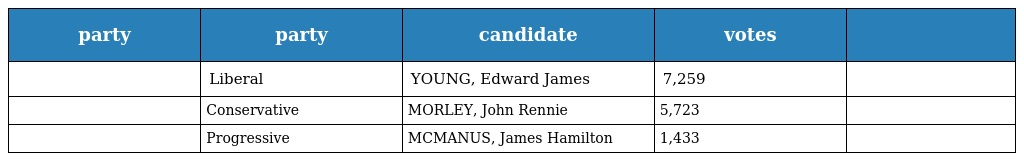
| party | party | candidate | votes |  |
 | --- | --- | --- | --- | --- |
 |  | Liberal | YOUNG, Edward James | 7,259 |  |
 |  | Conservative | MORLEY, John Rennie | 5,723 |  |
 |  | Progressive | MCMANUS, James Hamilton | 1,433 |  |